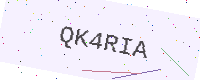
Text: QK4RIA